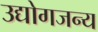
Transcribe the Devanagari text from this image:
उद्योगजन्य